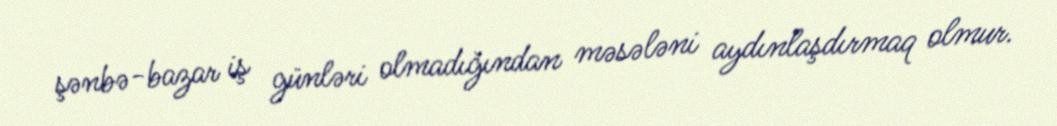
şənbə-bazar iş günləri olmadığından məsələni aydınlaşdırmaq olmur.